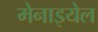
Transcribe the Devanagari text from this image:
मेनाइयेल